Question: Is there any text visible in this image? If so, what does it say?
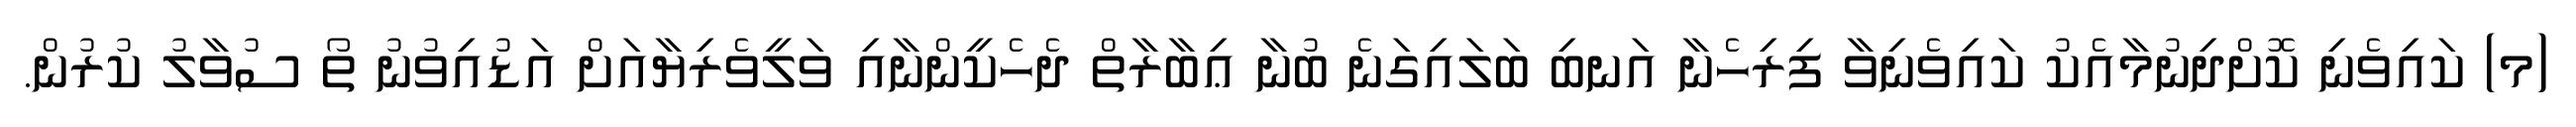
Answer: (މ) ކައިވެނި ކޮށްދިނުމާއެކު ކައިވެނިވާ ފިރިހެނާ އަނބި ބަލައިގަނެ ބުނާ ޢިބާރާތް ދެހެކީންނާއި ވަލީވެރިޔާއަށް އަޑުއިވުނު ތޯ ސުވާލު ކުރުން.